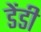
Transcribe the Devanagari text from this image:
डेंडी